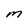
Character: M